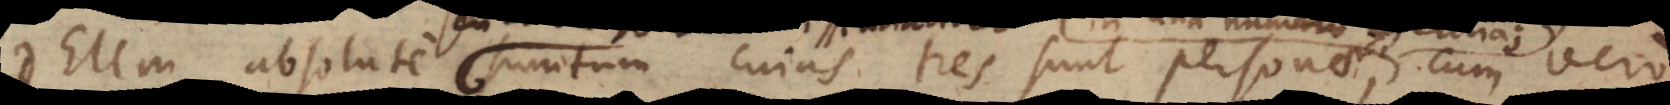
Deum absolute sumtum cujus tres sunt personae, cum ver